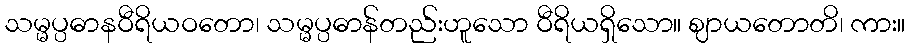
သမ္မပ္ပဓာနဝီရိယဝတော၊ သမ္မပ္ပဓာန်တည်းဟူသော ဝီရိယရှိသော။ ဈာယတောတိ၊ ကား။